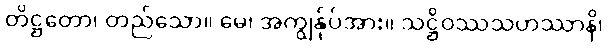
တိဋ္ဌတော၊ တည်သော။ မေ၊ အကျွန်ုပ်အား။ သဋ္ဌိဝဿသဟဿာနိ၊